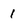
Character: 1